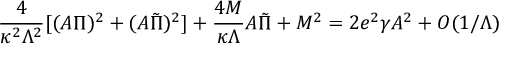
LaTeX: \frac { 4 } { \kappa ^ { 2 } \Lambda ^ { 2 } } [ ( A \Pi ) ^ { 2 } + ( A \tilde { \Pi } ) ^ { 2 } ] + \frac { 4 M } { \kappa \Lambda } A \tilde { \Pi } + M ^ { 2 } = 2 e ^ { 2 } \gamma A ^ { 2 } + O ( 1 / \Lambda )